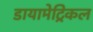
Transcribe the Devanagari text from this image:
डायामेट्रिकल